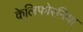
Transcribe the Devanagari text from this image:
केलिफोरनिया